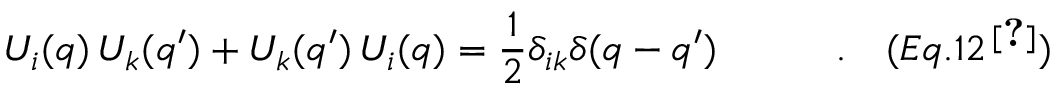
{ \cal U } _ { i } ( q ) \, { \cal U } _ { k } ( q ^ { \prime } ) + { \cal U } _ { k } ( q ^ { \prime } ) \, { \cal U } _ { i } ( q ) = { \frac { 1 } { 2 } } \delta _ { i k } \delta ( q - q ^ { \prime } ) \quad \quad \quad . \quad ( E q . 1 2 ^ { \, \cite { M a j } } ) \nonumber